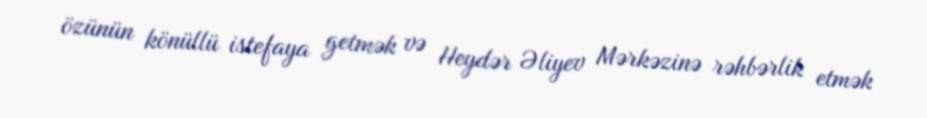
özünün könüllü istefaya getmək və Heydər Əliyev Mərkəzinə rəhbərlik etmək